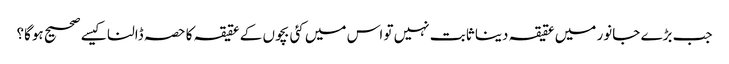
جب بڑے جانور میں عقیقہ دینا ثابت نہیں تو اس میں کئی بچوں کے عقیقہ کا حصہ ڈالنا کیسے صحیح ہوگا؟